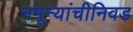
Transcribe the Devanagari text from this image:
नमून्यांचीनिवड